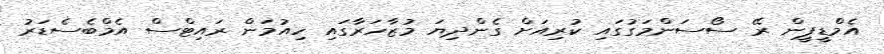
އެމްޑީޕީން ރޭ ސޯސަންމަގުގައި ކުރިއަށް ގެންދިޔަ މުޒާހަރާގައި ހިއުމަން ރައިޓްސް އެމްބެސެޑަރު